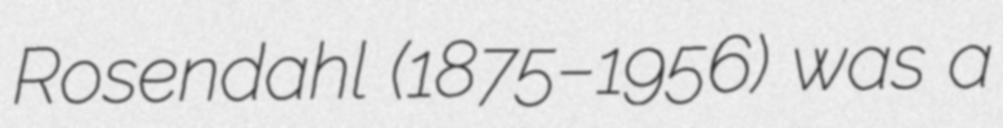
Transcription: Rosendahl (1875–1956) was a